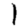
Digit: 1